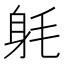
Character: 𨈥